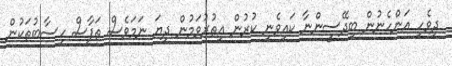
ދިވެހި އަންހެނުން ބިދޭސީންނާ ކައިވެނި ކުރުން އިތުރުވަމުން ދިޔަ ނަމަވެސް ތަފާސް ހިސާބުތަކުން